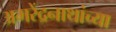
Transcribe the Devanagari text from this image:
अमरेंद्रनाथांच्या